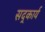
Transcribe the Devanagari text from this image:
सद्कार्य